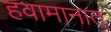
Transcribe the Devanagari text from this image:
हवामानात्